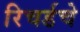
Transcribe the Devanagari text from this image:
रिचर्डचे